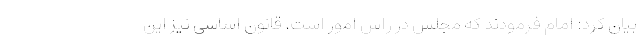
بیان کرد: امام فرمودند که مجلس در راس امور است. قانون اساسی نیز این